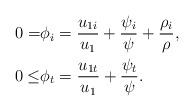
LaTeX: \begin{align*} 0 =& \phi _i = \frac{{u_{1i} }}{{u_1 }} + \frac{{\psi _i }}{\psi } + \frac{{\rho _i }}{\rho }, \\ 0 \leq& \phi _t = \frac{{u_{1t} }}{{u_1 }} + \frac{{\psi _t}}{\psi }. \end{align*}